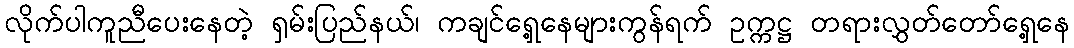
လိုက်ပါကူညီပေးနေတဲ့ ရှမ်းပြည်နယ်၊ ကချင်ရှေ့နေများကွန်ရက် ဥက္ကဋ္ဌ တရားလွှတ်တော်ရှေ့နေ